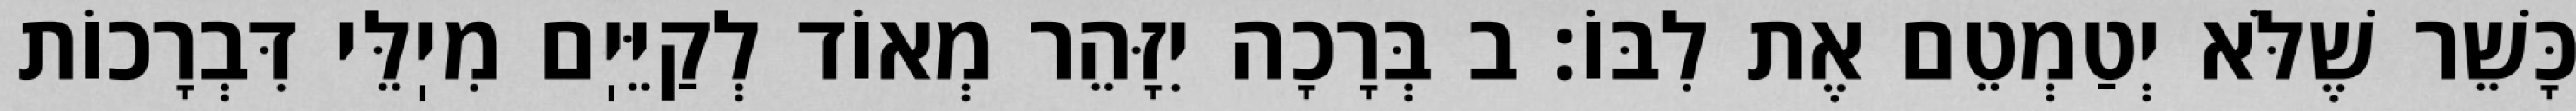
כָּשֵׁר שֶׁלֹּא יְטַמְטֵם אֶת לִבּוֹ: ב בְּרָכָה יִזָּהֵר מְאוֹד לְקַיֵּיֽם מִיֽלֵּי דִּבְרָכוֹת